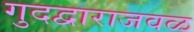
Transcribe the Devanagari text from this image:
गुदद्वाराजवळ